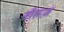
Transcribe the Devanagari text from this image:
नौरूज़